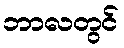
ဘာလတွင်